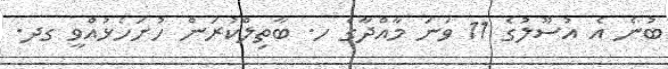
ބުނެ އެ އުސޫލުގެ 11 ވަނަ މާއްދާގެ ހ. ބާތިލްކުރަން ހުށަހެޅުއްވީ ގދ.